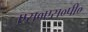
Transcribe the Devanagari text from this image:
एस०एस०पी०